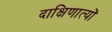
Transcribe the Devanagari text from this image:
दाक्षिणात्यों